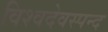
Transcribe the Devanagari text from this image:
विश्वदेवस्पन्द